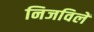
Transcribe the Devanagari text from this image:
निजविलें